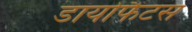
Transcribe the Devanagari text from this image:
डायोफैंटस